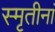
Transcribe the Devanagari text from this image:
स्मृतीनां